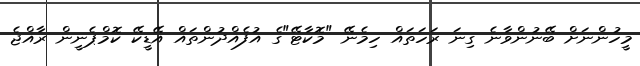
މީހުންނަށް ބޭނުންވާނެ ގިނަ ރަހަތައް ހިމެނޭ "މޮކާޓޭ"ގެ އުފެއްދުންތައް އޭޑީކޭ ކޮމްޕެނީން ރާއްޖެ